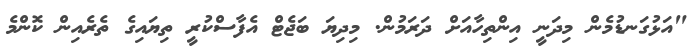
"އަޅުގަނޑުމެން މިދަނީ އިންތިހާއަށް ދަރަމުން. މިދިޔަ ބަޖެޓް އެފާސްކުރީ ތިޔައިގެ ތެރެއިން ކޮންމެ